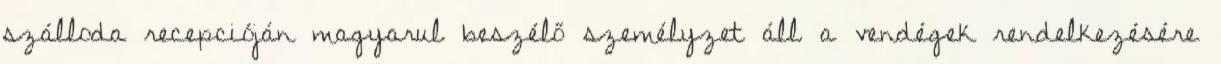
szálloda recepcióján magyarul beszélő személyzet áll a vendégek rendelkezésére